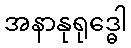
အနာနုရုဒ္ဓေါ